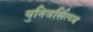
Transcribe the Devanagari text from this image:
युनिवर्सित्य्य